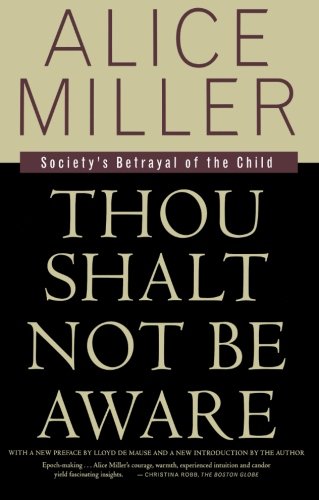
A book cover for Thou Shalt Not Be Aware: Society's Betrayal of the Child; Alice Miller; Politics & Social Sciences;